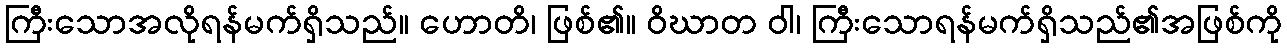
ကြီးသောအလိုရန်မက်ရှိသည်။ ဟောတိ၊ ဖြစ်၏။ ဝိဃာတ ဝါ၊ ကြီးသောရန်မက်ရှိသည်၏အဖြစ်ကို